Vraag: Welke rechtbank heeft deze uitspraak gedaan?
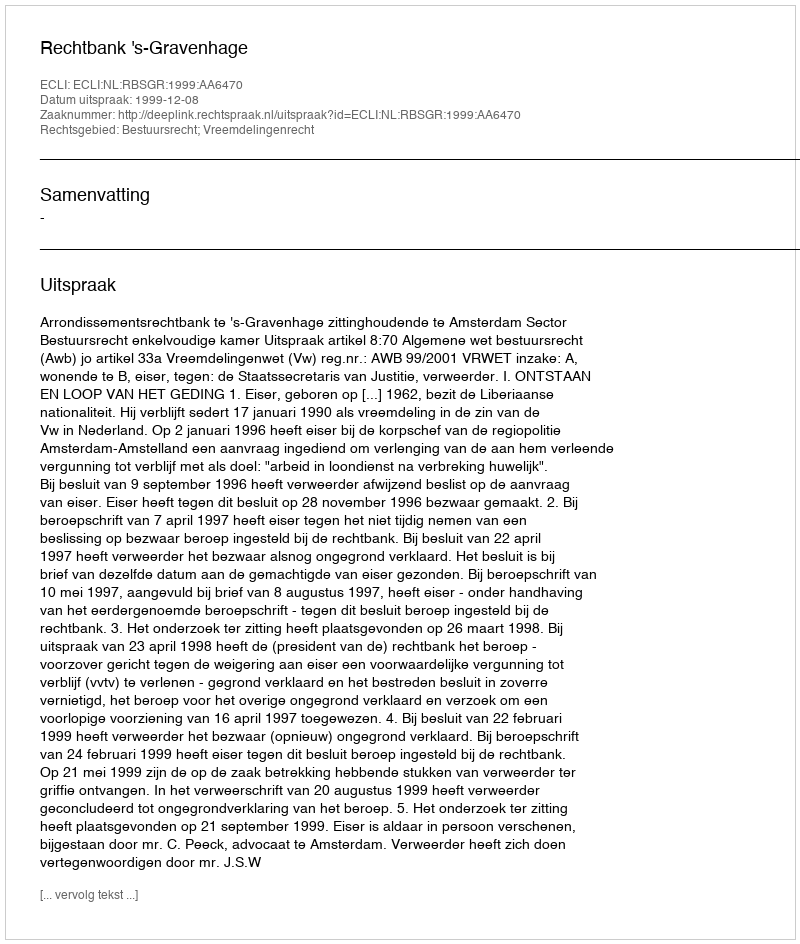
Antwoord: Rechtbank 's-Gravenhage